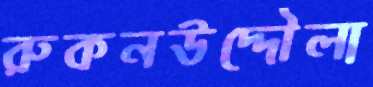
রুকনউদ্দৌলা